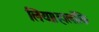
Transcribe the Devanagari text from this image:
लिया।हालाँकि